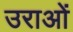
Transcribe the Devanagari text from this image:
उराओं